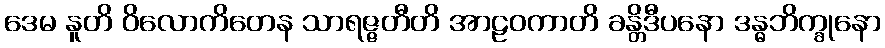
ဒေမ နူတိ ဝိလောကိတေန သာရဇ္ဇတီတိ အာဠဝကာတိ ခန္တိဒီပနော ဒန္ဓဘိက္ခုနော